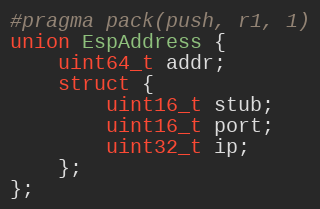
Language: C
#pragma pack(push, r1, 1)
union EspAddress {
    uint64_t addr;
    struct {
        uint16_t stub;
        uint16_t port;
        uint32_t ip;
    };
};